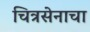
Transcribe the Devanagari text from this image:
चित्रसेनाचा